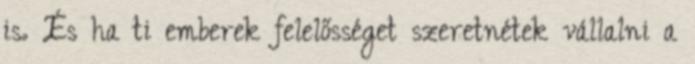
is. És ha ti emberek felelősséget szeretnétek vállalni a